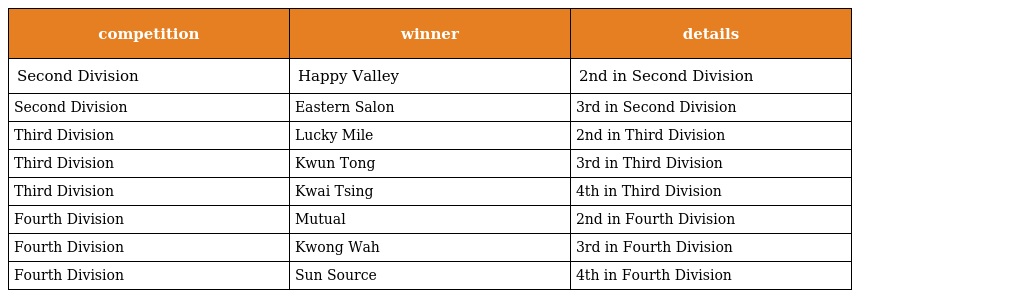
| competition | winner | details |
 | --- | --- | --- |
 | Second Division | Happy Valley | 2nd in Second Division |
 | Second Division | Eastern Salon | 3rd in Second Division |
 | Third Division | Lucky Mile | 2nd in Third Division |
 | Third Division | Kwun Tong | 3rd in Third Division |
 | Third Division | Kwai Tsing | 4th in Third Division |
 | Fourth Division | Mutual | 2nd in Fourth Division |
 | Fourth Division | Kwong Wah | 3rd in Fourth Division |
 | Fourth Division | Sun Source | 4th in Fourth Division |